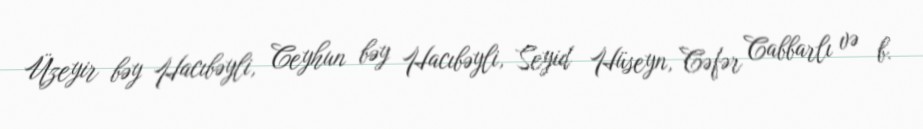
Üzeyir bəy Hacıbəyli, Ceyhun bəy Hacıbəyli, Seyid Hüseyn, Cəfər Cabbarlı və b.